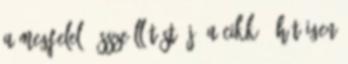
a megfelelő összeállítást. jó a cikk , hát igen